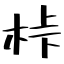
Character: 桛